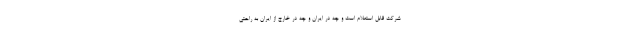
شرکت قابل استعلام است و چه در ایران و چه در خارج از ایران به راحتی